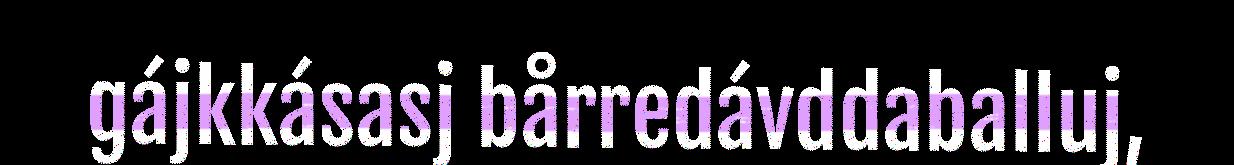
gájkkásasj bårredávddaballuj,